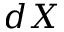
d X